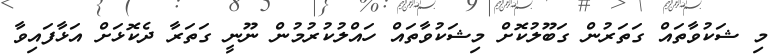
މި ޝަކުވާތައް ގަތަރުން ގަބޫލުކޮށް މިޝަކުވާތައް ހައްލުކުރުމުން ނޫނީ ގަތަރާ ދެކޮޅަށް އަޅާފައިވާ